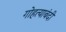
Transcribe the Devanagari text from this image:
गोहत्याबंदी